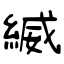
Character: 縅